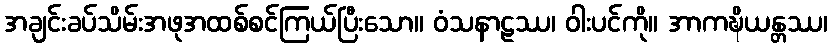
အချင်းခပ်သိမ်းအဖုအထစ်စင်ကြယ်ပြီးသော။ ဝံသနာဠဿ၊ ဝါးပင်ကို။ အာကဍ္ဎိယန္တဿ၊